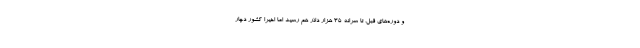
و دوره‌های قبل، تا سرانه ۳۵ هزار دلار هم رسید اما اخیراً کشور دچار